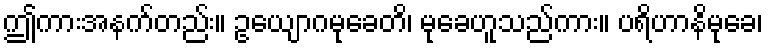
ဤကားအနက်တည်း။ ဥယျောဂမုခေတိ၊ မုခေဟူသည်ကား။ ပရိဟာနိမုခေ၊